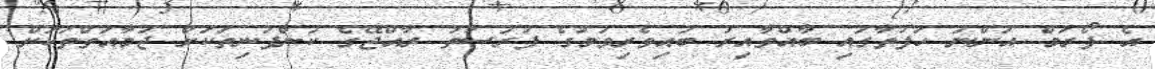
އެ ފޯރަމް އަންނަ ހަފުތާގައި ބާއްވާއިރު ބައިވެރިވުމުގެ ފުރުސަތު ރާއްޖޭގެ ކުންފުނިތަކަށް ޖަމާއަތްތަކަށް